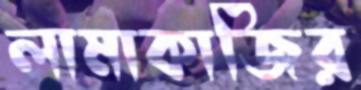
লামাকাজির